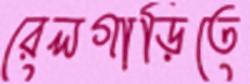
রেলগাড়িতে